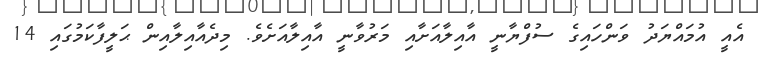
އެއީ އުމައްޔަދު ވަންހައިގެ ސުފްޔާނީ އާއިލާއަށާއި މަރުވާނީ އާއިލާއަށެވެ. މިދެއާއިލާއިން ޙަލީފާކަމުގައި 14